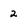
Character: 2